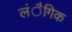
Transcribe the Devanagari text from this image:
लंैगिक